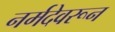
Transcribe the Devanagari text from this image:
नर्मदेवरून